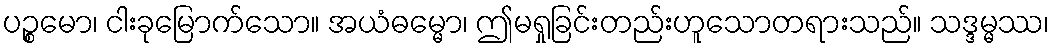
ပဉ္စမော၊ ငါးခုမြောက်သော။ အယံဓမ္မော၊ ဤမရှုခြင်းတည်းဟူသောတရားသည်။ သဒ္ဒမ္မဿ၊